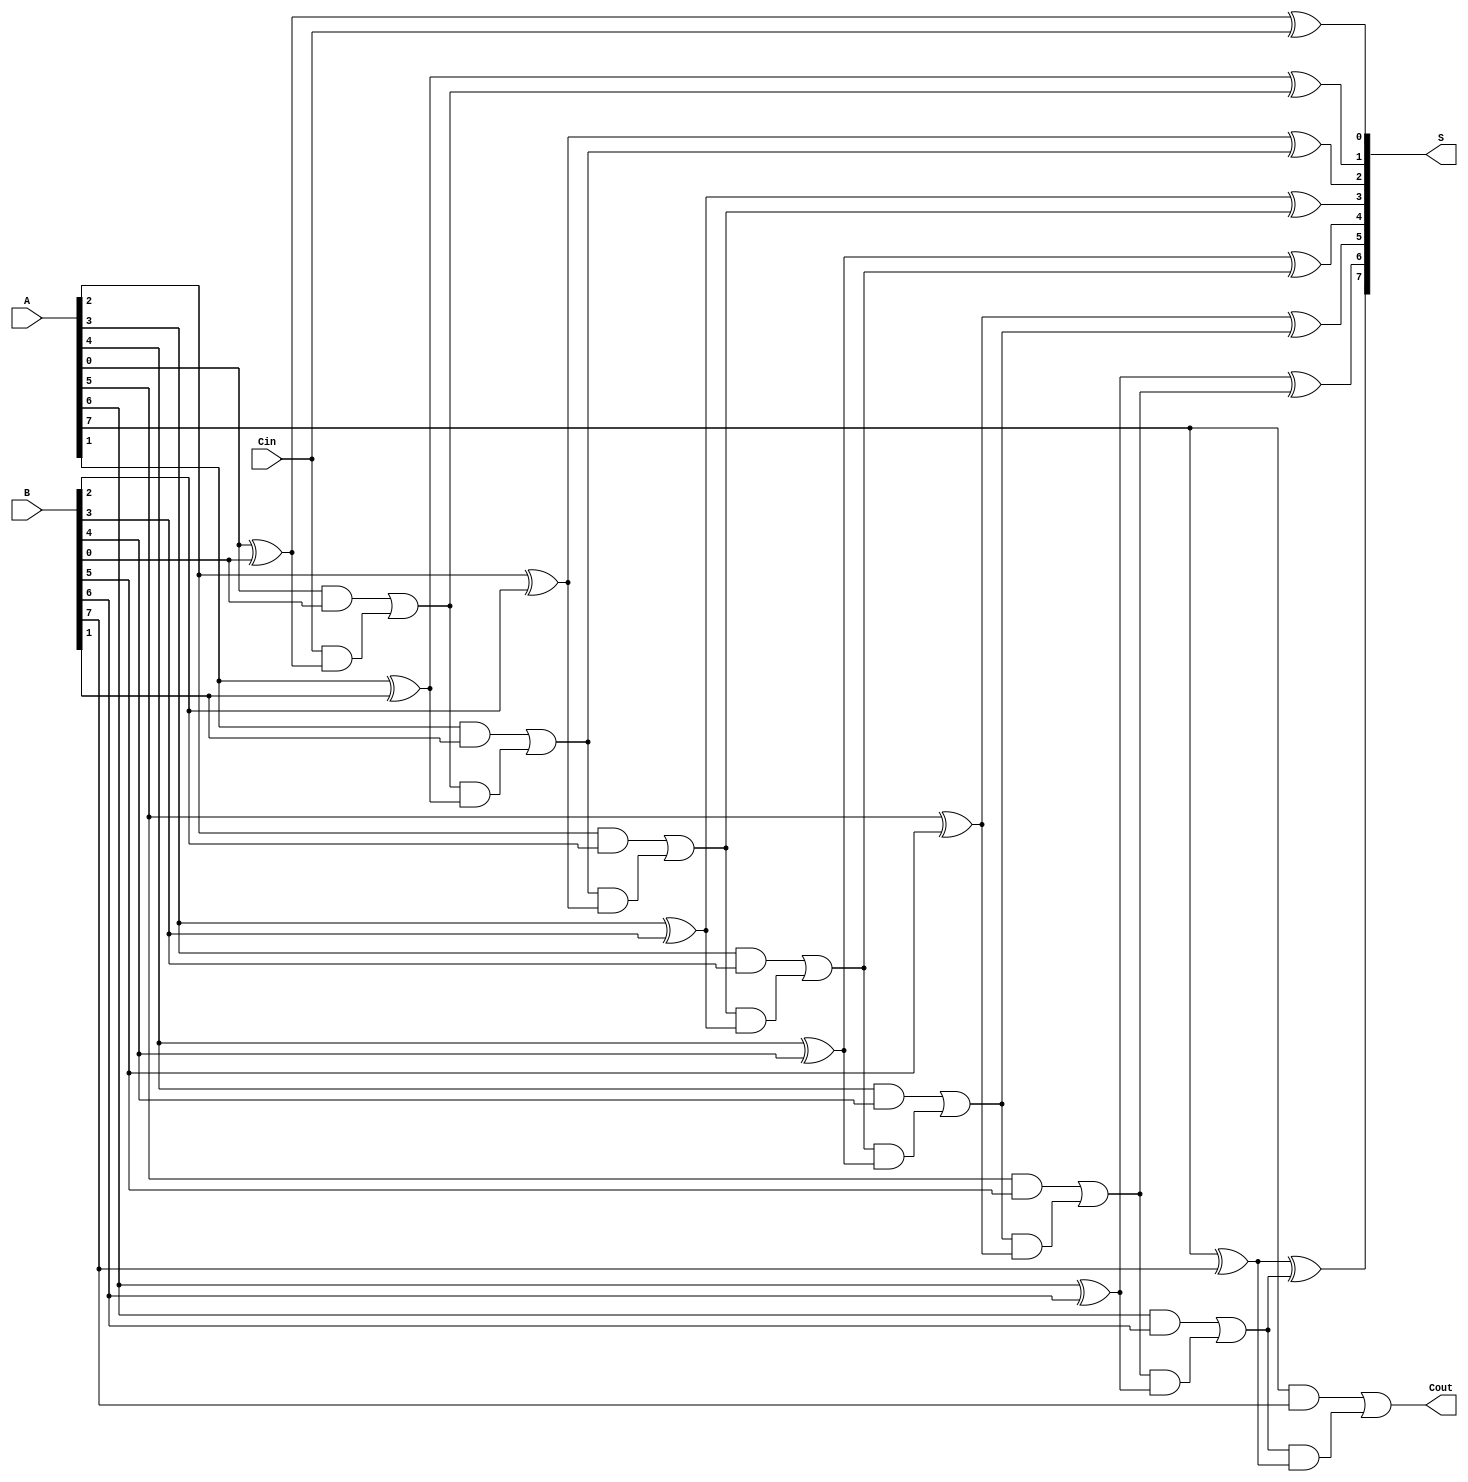
module ManchesterCarryChainAdder #(
    parameter WIDTH = 8 // Parameter for bit-width
)(
    input  wire [WIDTH-1:0] A,    // First operand
    input  wire [WIDTH-1:0] B,    // Second operand
    input  wire Cin,               // Carry input
    output wire [WIDTH-1:0] S,     // Sum output
    output wire Cout               // Carry output
);

    // Internal wires for carry generation
    wire [WIDTH:0] carry; // carry[0] is Cin, carry[WIDTH] is Cout

    // Assign the carry input
    assign carry[0] = Cin;

    // Generate carry and sum for each bit
    genvar i;
    generate
        for (i = 0; i < WIDTH; i = i + 1) begin : adder_stage
            // Full adder logic
            wire sum, carry_out;
            assign sum = A[i] ^ B[i] ^ carry[i]; // Sum calculation
            assign carry_out = (A[i] & B[i]) | (carry[i] & (A[i] ^ B[i])); // Carry generation

            // Assign outputs
            assign S[i] = sum;
            assign carry[i + 1] = carry_out; // Propagate carry to the next stage
        end
    endgenerate

    // Assign the final carry output
    assign Cout = carry[WIDTH];

endmodule